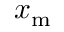
x _ { \mathrm { m } }